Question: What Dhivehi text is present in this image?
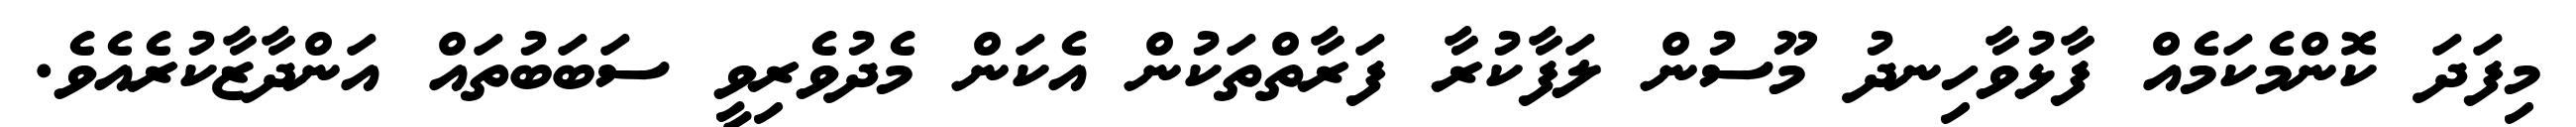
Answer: މިފަދަ ކޮންމެކަމެއް ފާޅުވާހިނދު މޫސުން ލަފާކުރާ ފަރާތްތަކުން އެކަން މެދުވެރިވީ ސަބަބުތައް އަންދާޒާކުރެއެވެ.